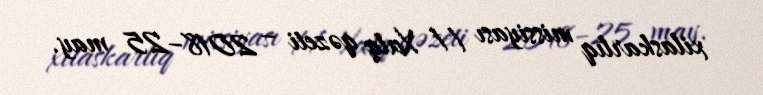
xilaskarlıq missiyası // Xalq qəzeti – 2018–25 may.